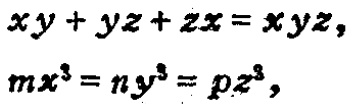
\[

\begin{align*}

xy + yz + zx&= xyz,\\

mx^{3}&= ny^{3} = pz^{3},

\end{align*}

\]